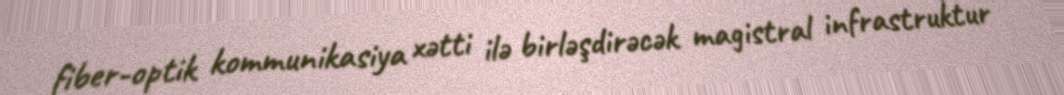
fiber-optik kommunikasiya xətti ilə birləşdirəcək magistral infrastruktur